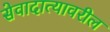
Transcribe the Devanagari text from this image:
सेवादात्यावरील